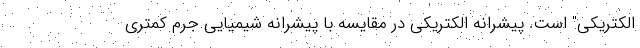
الکتریکی" است. پیشرانه الکتریکی در مقایسه با پیشرانه شیمیایی جرم کمتری